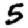
Digit: 5